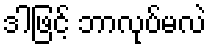
ဒါဖြင့် ဘာလုပ်မလဲ